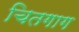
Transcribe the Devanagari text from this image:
चितगाग